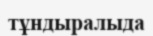
тұндыралыда